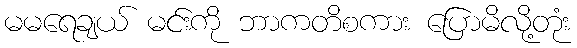
မမရေချယ် မင်းကို ဘာကတိစကား ပြောမိလို့တုံး